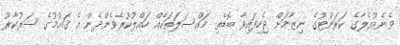
ވެނެޒުއެލާގެ ކަރަންޓުގެ ނިޒާމަށް ޖެހިފައިވާ ބޮޑެތި މައްސަލަތަކެއް ހައްލުކުރެވެންދެން އެ ޤައުމުގެ ސަރުކާރު